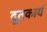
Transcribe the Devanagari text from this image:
दूतकार्य